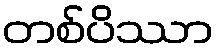
တစ်ပိဿာ